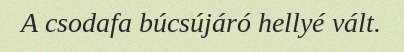
A csodafa búcsújáró hellyé vált.